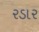
રડાર